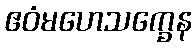
ဧဝံမဟေသက္ခေန